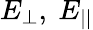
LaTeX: E_{\perp},~E_{||}